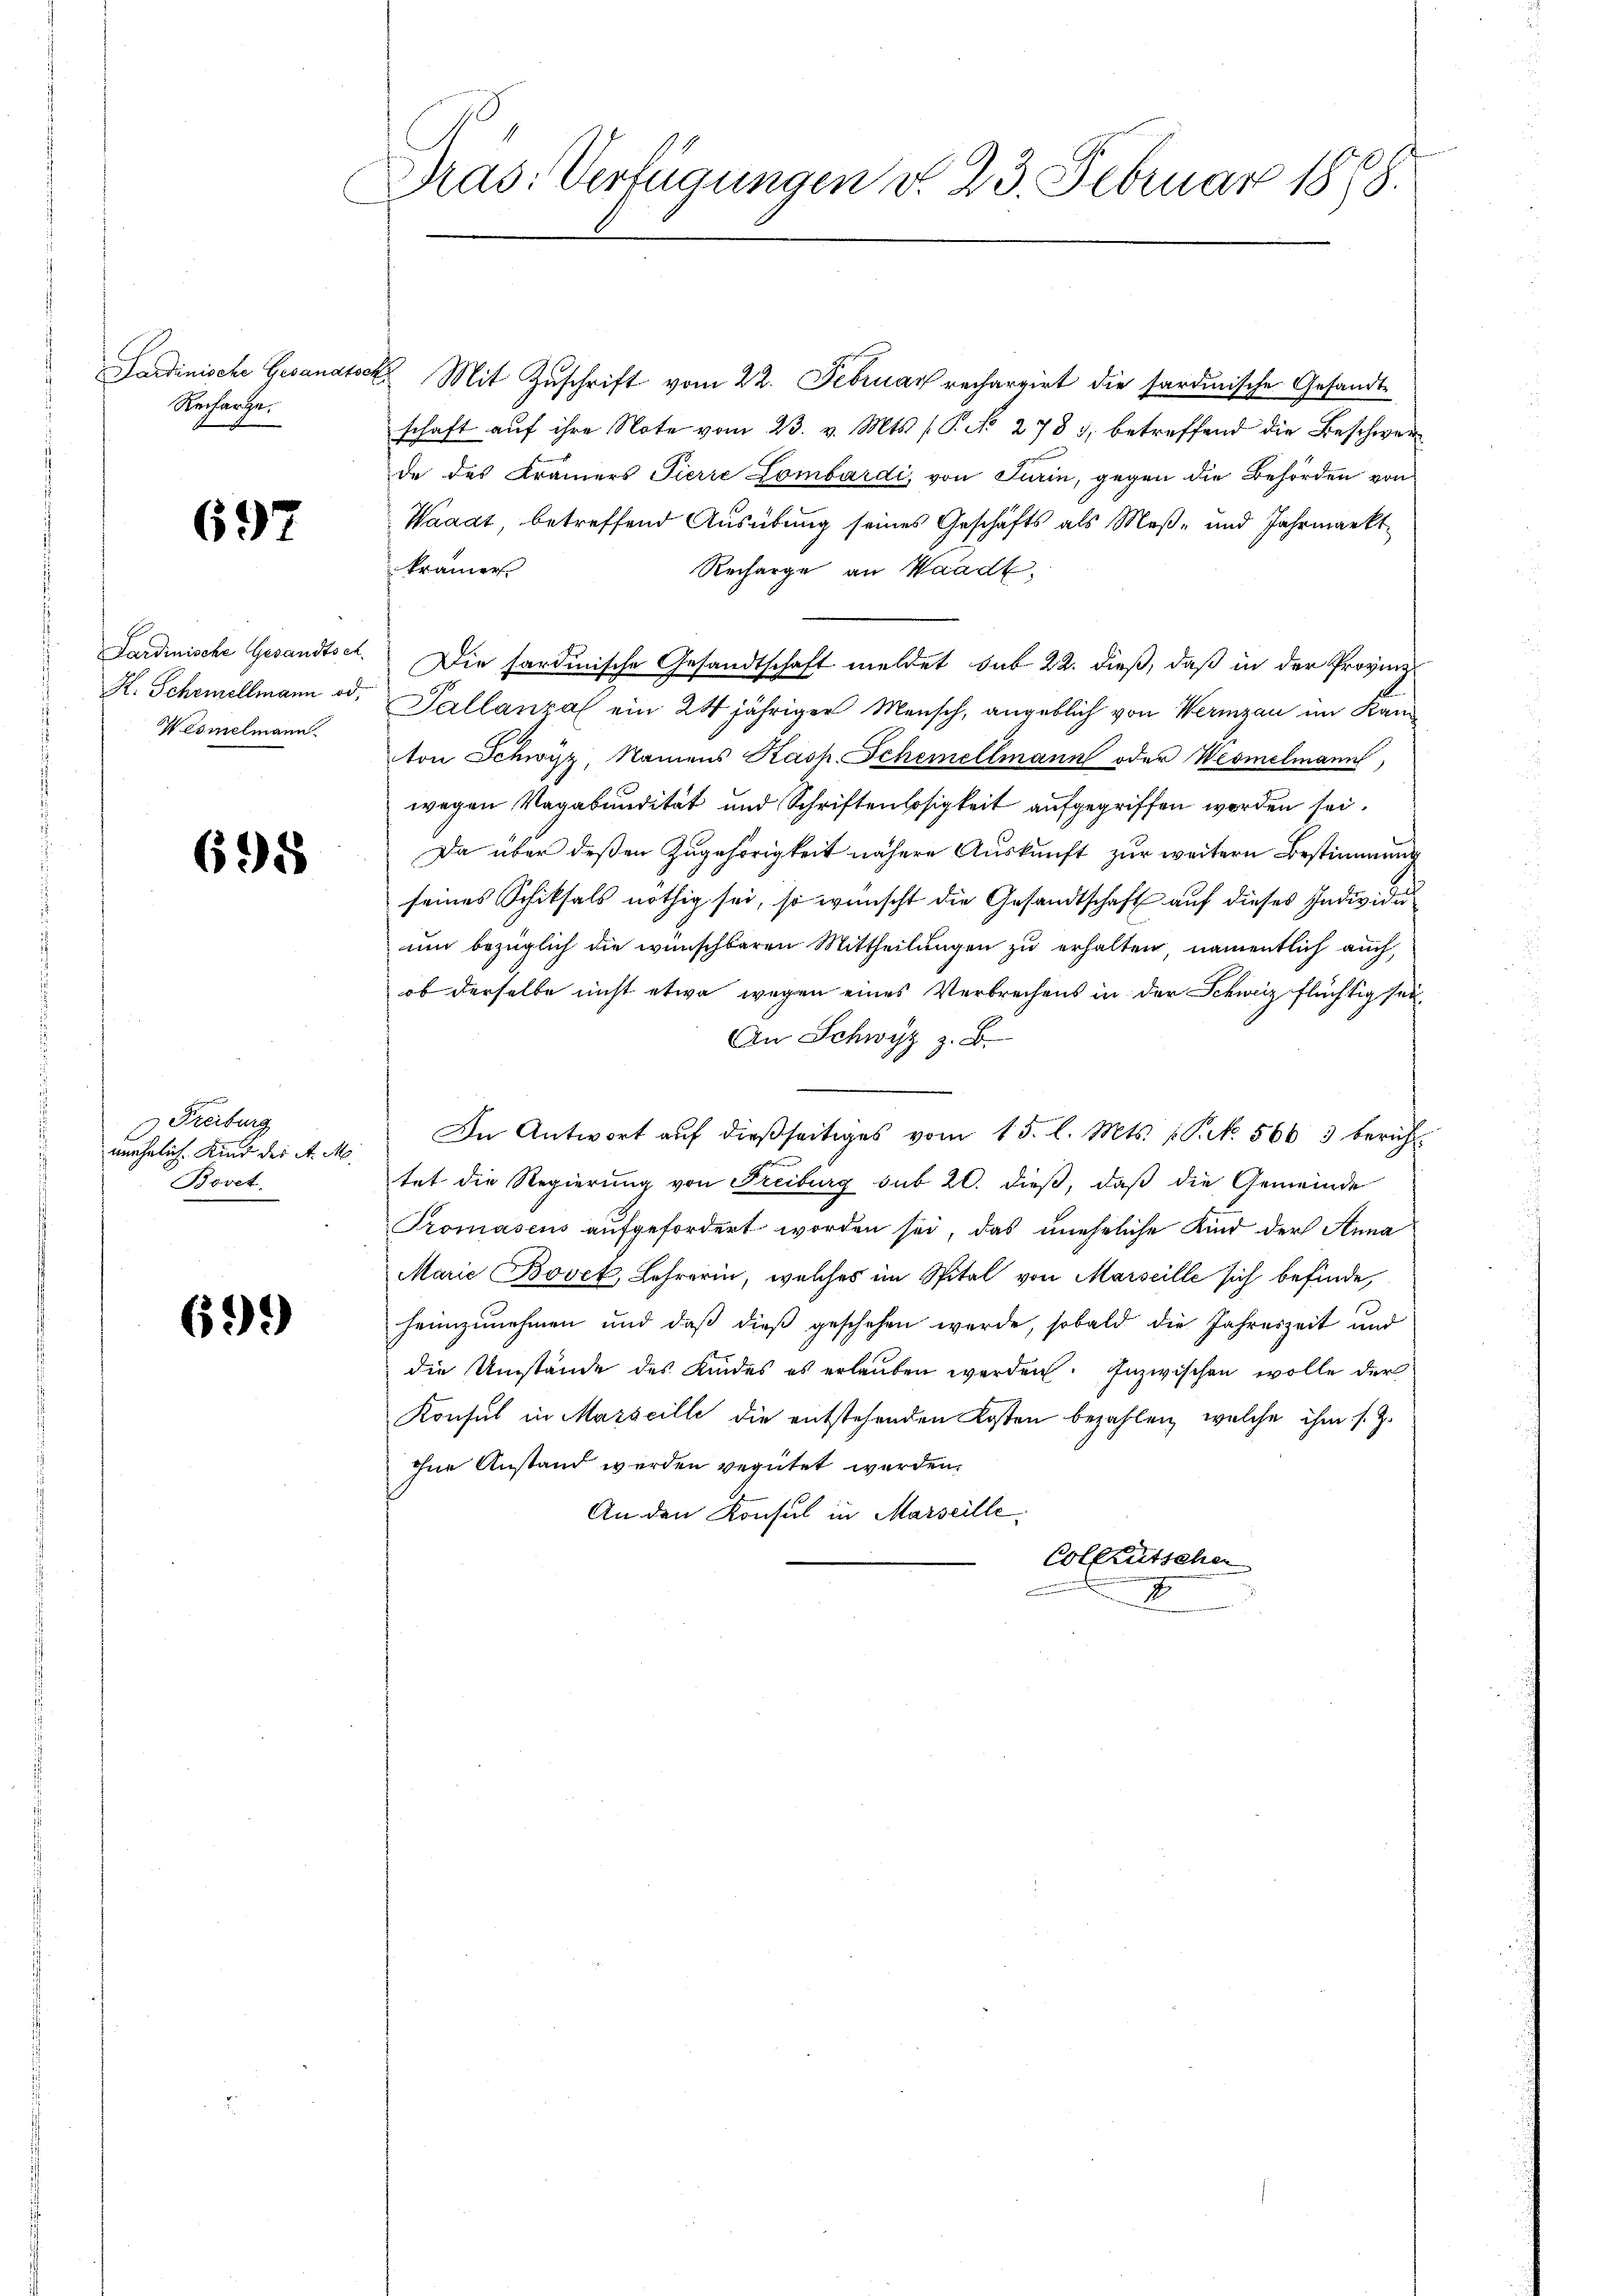
Sardinische Gesandtsc
Recharge.

697

Wesmelmann

698

Freiburg
unehelich. Kind der A. M.
Bovet.

69)

Pras: Verfügungen v. 23. Februar 1898.

4 Mit Zuschrift vom 22. Februar rechargirt die sardinische Gesandtschaft aŭf ihre Note vom 23. v. Mts. (T. No. 278 3, betreffend die Beschwer
de das Krämers Pierre Lombardi, von Turin, gegen die Behörden von
Waadt, betreffend Ausübung seines Geschäfts als Maß- und Jahrmarkt
krämer.
Recharge an Waadt,
Sardinische Gesandtset. Die sardinische Gesandtschaft meldet sub 22. dieß, daß in der Provinz
H. Schemellmann od. Pallanza ein 24 jähriger Mensch, angeblich von Werizau im Kanon Schwisz, Namens Kasp. Schemellmann oder Wesmelmann,
wegen Vagabaudität und Schriftenlosigkeit aufgegriffen worden sei.
Da über deßen Zugehörigkeit nähere Auskunft zur weitern Bestimmung
seines Schiksals nöthig sei, so wünscht die Gesandtschaft auf dieses Individuuum bezüglich die wünschbaren Mittheilungen zu erhalten, namentlich auch,
ob derselbe nicht etwa wegen eines Verbrechens in der Schweiz flüchtig sei¬
An Schwyz z. B.
In Antwort auf dießseitiges vom 15. l. Mts. S. 566 3 bericht
tet die Regierung von Freiburg sub 20. dieß, daß die Gemeinde
Tromasens aufgefordert worden sei, das uneheliche Kind der Anna
Marie Bovet, Lehrerin, welches im Spital von Marseille sich befinde,
heimzunehmen und daß dieß geschehen werde, sobald die Jahreszeit und
die Umstände des Kindes es erlauben werden. Inzwischen wolle der
Konsul in Marseille die entstehenden Kosten bezahlen, welche ihm s. Z.
ohne Anstand werden vegütet werden.
An den Konsul in Marseille
Colleutschen